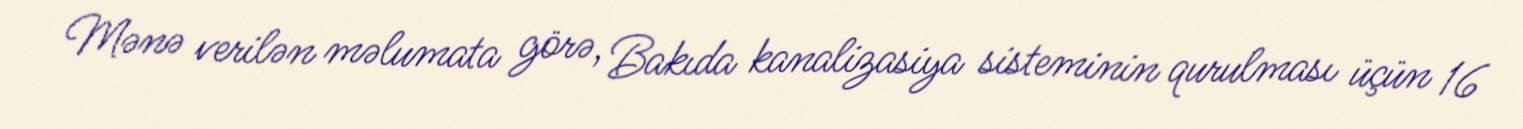
Mənə verilən məlumata görə, Bakıda kanalizasiya sisteminin qurulması üçün 16